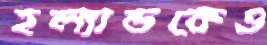
হল্যান্ডকেও